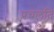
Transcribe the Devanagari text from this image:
प्रचलति